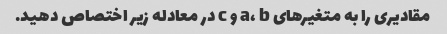
مقادیری را به متغیرهای a، b و c در معادله زیر اختصاص دهید.